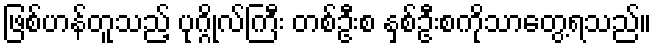
ဖြစ်ဟန်တူသည့် ပုဂ္ဂိုလ်ကြီး တစ်ဦးစ နှစ်ဦးစကိုသာတွေ့ရသည်။